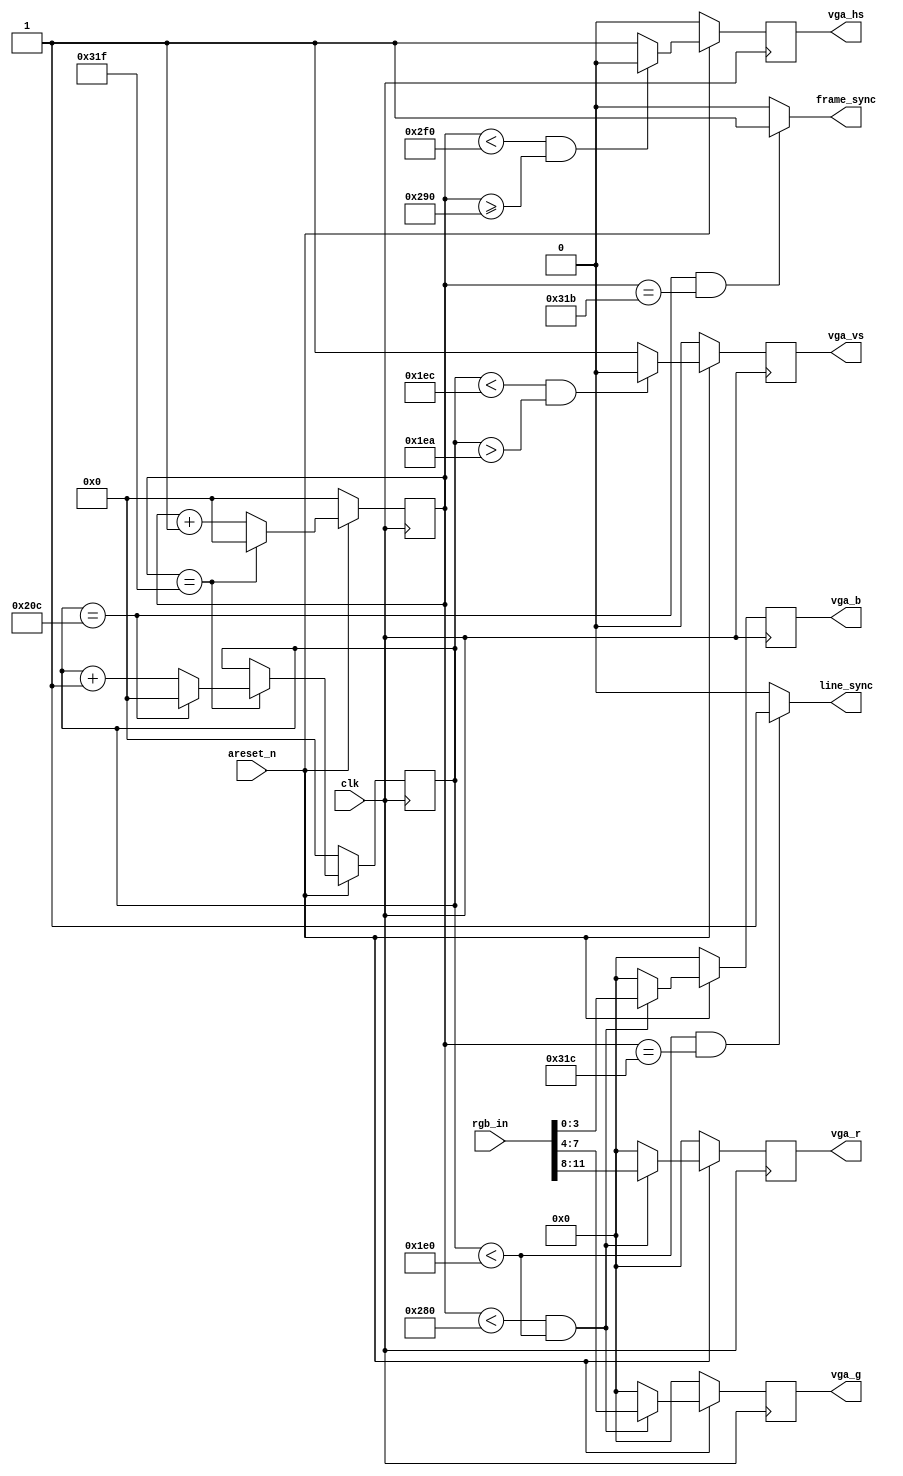
`timescale 1ns / 1ps

// 25.175 MHz clock
module VGA_640x480(
    output reg [3:0]    vga_r,
    output reg [3:0]    vga_g,
    output reg [3:0]    vga_b,
    output reg          vga_hs,
    output reg          vga_vs,
    output wire         line_sync,
    output wire         frame_sync,
    input  wire [11:0]  rgb_in,
    input               clk,
    input               areset_n
    );
    // 640x480 @ 60Hz
    parameter H_SYNC_ACTIVE = 640;
    parameter H_SYNC_FRONT_PORCH = 16;
    parameter H_SYNC_CYC = 96;
    parameter H_SYNC_BACK_PORCH = 48;
    parameter H_SYNC_TOTAL = 800;

    parameter V_SYNC_ACTIVE = 480;
    parameter V_SYNC_FRONT_PORCH = 10;
    parameter V_SYNC_CYC = 2;
    parameter V_SYNC_BACK_PORCH = 33;
    parameter V_SYNC_TOTAL = 525;

    reg [9:0] h_counter = 0;
    reg [9:0] v_counter = 0;

    assign line_sync = ((v_counter < V_SYNC_ACTIVE) && (h_counter == (H_SYNC_TOTAL - 4))) ? 1 : 0;
    assign frame_sync = ((v_counter == (V_SYNC_TOTAL-1)) && (h_counter == (H_SYNC_TOTAL - 5))) ? 1 : 0;

    always @(posedge clk) begin
        if(~areset_n) begin
            h_counter <= 0;
            v_counter <= 0;
        end
        else if (h_counter == H_SYNC_TOTAL - 1) begin
            h_counter <= 0;
            if (v_counter == V_SYNC_TOTAL - 1) begin
                v_counter <= 0;
            end else begin
                v_counter <= v_counter + 1;
            end
        end else begin
            h_counter <= h_counter + 1;
        end
    end

    always @(posedge clk) begin
        if(~areset_n) begin
            vga_hs <= 0;
            vga_vs <= 0;
        end
        else begin
            if (h_counter < (H_SYNC_TOTAL - H_SYNC_BACK_PORCH) && h_counter >= (H_SYNC_ACTIVE + H_SYNC_FRONT_PORCH)) begin
                vga_hs <= 0;
            end
            else begin
                vga_hs <= 1;
            end
    
            if (v_counter < (V_SYNC_TOTAL - V_SYNC_BACK_PORCH) && v_counter > (V_SYNC_ACTIVE + V_SYNC_FRONT_PORCH)) begin
                vga_vs <= 0;
            end
            else begin
                vga_vs <= 1;
            end
        end
    end

    always @(posedge clk) begin
        if(~areset_n) begin
            vga_r <= 0;
            vga_g <= 0;
            vga_b <= 0;
        end
        else begin
            if (h_counter < H_SYNC_ACTIVE && v_counter < V_SYNC_ACTIVE) begin
                vga_r <= rgb_in[11:8];
                vga_g <= rgb_in[7:4];
                vga_b <= rgb_in[3:0];
            end
            else begin
                vga_r <= 4'b0000;
                vga_g <= 4'b0000;
                vga_b <= 4'b0000;
            end
        end
    end

endmodule

// 40.0 MHz clock
module VGA_800x600(
    vga_r,
    vga_g,
    vga_b,
    vga_hs,
    vga_vs,
    clk
    );
    output reg [3:0]    vga_r = 0;
    output reg [3:0]    vga_g = 0;
    output reg [3:0]    vga_b = 0;
    output reg          vga_hs = 1;
    output reg          vga_vs = 1;
    input  wire         clk;

    // 800x600 @ 60Hz
    parameter H_SYNC_ACTIVE = 800;
    parameter H_SYNC_FRONT_PORCH = 40;
    parameter H_SYNC_CYC = 128;
    parameter H_SYNC_BACK_PORCH = 88;
    parameter H_SYNC_TOTAL = 1056;

    parameter V_SYNC_ACTIVE = 600;
    parameter V_SYNC_FRONT_PORCH = 1;
    parameter V_SYNC_CYC = 4;
    parameter V_SYNC_BACK_PORCH = 23;
    parameter V_SYNC_TOTAL = 628;

    reg [10:0] h_counter = 0;
    reg [9:0] v_counter = 0;

    always @(posedge clk) begin
        if (h_counter == H_SYNC_TOTAL - 1) begin
            h_counter <= 0;
            if (v_counter == V_SYNC_TOTAL - 1) begin
                v_counter <= 0;
            end else begin
                v_counter <= v_counter + 1;
            end
        end else begin
            h_counter <= h_counter + 1;
        end
    end

    always @(posedge clk) begin
        if ((h_counter >= (H_SYNC_ACTIVE + H_SYNC_FRONT_PORCH)) && (h_counter < (H_SYNC_TOTAL - H_SYNC_BACK_PORCH))) begin
            vga_hs <= 0;
        end
        else begin
            vga_hs <= 1;
        end

        if ((v_counter >= (V_SYNC_ACTIVE + V_SYNC_FRONT_PORCH)) && (v_counter < (V_SYNC_TOTAL - V_SYNC_BACK_PORCH))) begin
            vga_vs <= 0;
        end
        else begin
            vga_vs <= 1;
        end
    end

    reg [3:0] counter = 0;
    always @(posedge clk) begin
        if (h_counter < H_SYNC_ACTIVE) begin
			if (clk) counter <= counter + 1;
			  if (counter == 0) begin
					vga_r <= vga_r + 1;
			  end
        end
        else begin
            vga_r <= 4'b0000;
            vga_g <= 4'b0000;
            vga_b <= 4'b0000;
				counter <= 4'b0000;
        end
    end
endmodule